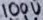
Text: 100U